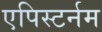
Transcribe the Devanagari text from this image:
एपिस्टर्नम